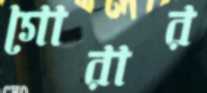
গোরার